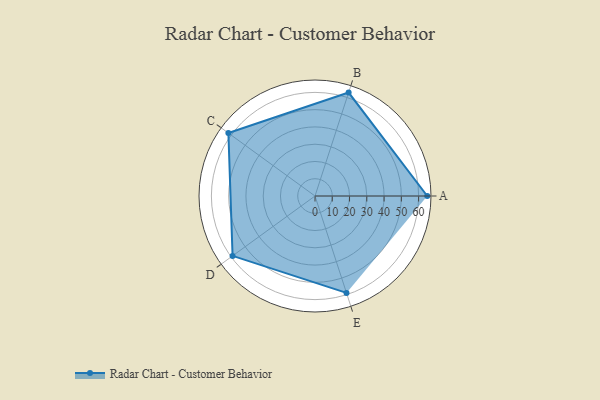
{"axis": {"x": "Skill", "y": "Score"}, "legend": ["Profile"], "data": [{"x": "A", "y": 65.0, "type": "Profile"}, {"x": "B", "y": 63.0, "type": "Profile"}, {"x": "C", "y": 62.0, "type": "Profile"}, {"x": "D", "y": 59.0, "type": "Profile"}, {"x": "E", "y": 59.0, "type": "Profile"}]}